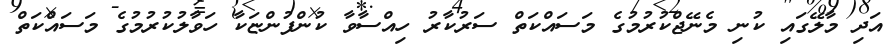
އަދި މާލޭގައި ކުނި މެނޭޖްކުރުމުގެ މަސައްކަތް ސަރުކާރު ހިއްސާވާ ކުންފުންޏަކާ ހަވާލުކުރުމުގެ މަސައްކަތް